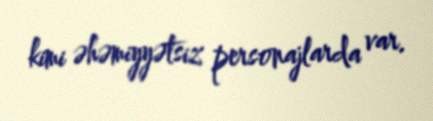
kimi əhəmiyyətsiz personajlarda var.